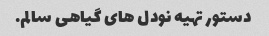
دستور تهیه نودل های گیاهی سالم.